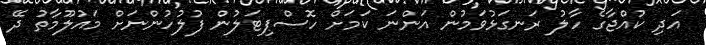
އަދި ކުއްޖާގެ ހާލު ރަނގަޅުވަމުން އަންނަ ކަމަށް ހޮސްޕިޓަލުން ފުލުހުންނަށް މައުލޫމާތު ދޭ